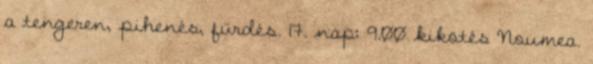
a tengeren, pihenés, fürdés. 17. nap: 9.00 kikötés Noumea.